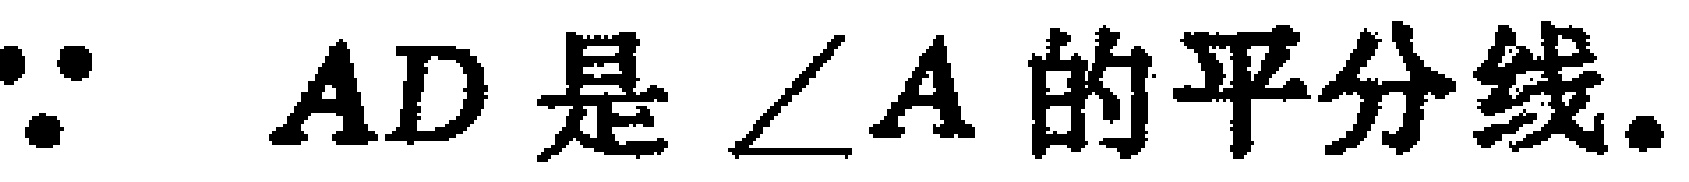
$\because AD\text{ 是 }\angle A\text{ 的平分线.}$